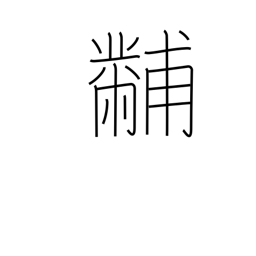
Meaning: embroidery